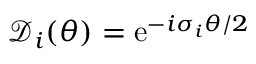
{ \mathcal D } _ { i } ( \theta ) = \mathrm { e } ^ { - i { \sigma } _ { i } \theta / 2 }